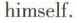
himself